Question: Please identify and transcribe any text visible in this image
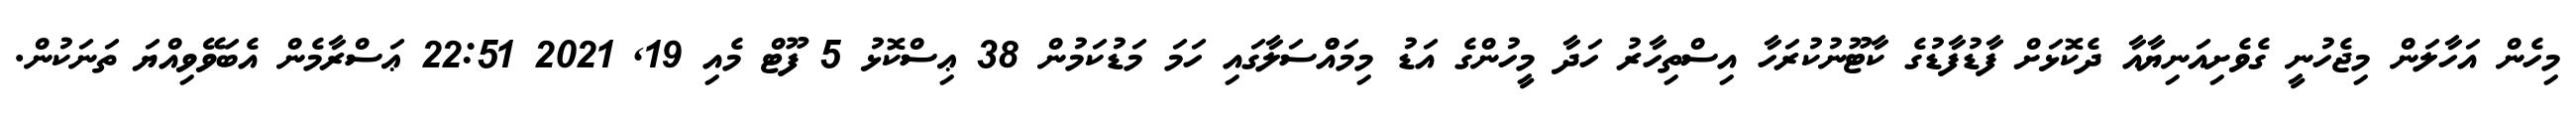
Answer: މިހެން އަހާލަން މިޖެހުނީ ގެވެށިއަނިޔާއާ ދެކޮޅަށް ފާޑުފާޑުގެ ކާޓޫނުކުރަހާ އިސްތިހާރު ހަދާ މީހުންގެ އަޑު މިމައްްސަލާގައި ހަމަ މަޑުކަމުން 38 ޢިސްކޮޅު 5 ފޫޓް މެއި 19, 2021 22:51 ޢަސްރާމެން އެބަވޭވިއްޔަ ތަނަކުން.